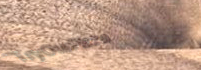
TryOurPizza